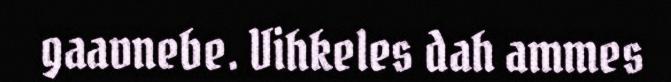
gaavnebe. Vihkeles dah ammes